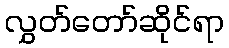
လွှတ်တော်ဆိုင်ရာ